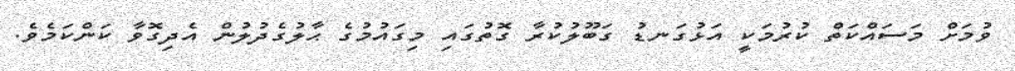
ވުމަށް މަސައްކަތް ކުރުމަކީ އަޅުގަނޑު ގަބޫލުކުރާ ގޮތުގައި މިގައުމުގެ ޙާލުގެދުލުން އެދިގޮވާ ކަންކަމެވެ.